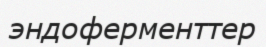
эндоферменттер